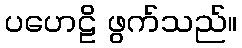
ပဟေဠိ ဖွက်သည်။